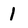
Character: 1